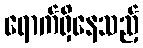
ရောက်ရှိနေသည့်